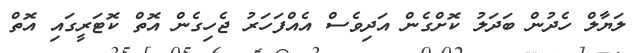
ލަޔާލް ހެދުން ބަދަލު ކޮށްގެން އަދިވެސް އެއްފަހަރު ޖެހިގެން އޮތް ކޮޓަރީގައި އޮތް